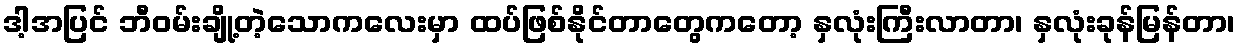
ဒါ့အပြင် ဘီဝမ်းချို့တဲ့သောကလေးမှာ ထပ်ဖြစ်နိုင်တာတွေကတော့ နှလုံးကြီးလာတာ၊ နှလုံးခုန်မြန်တာ၊